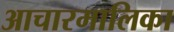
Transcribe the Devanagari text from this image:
आचारमालिका